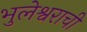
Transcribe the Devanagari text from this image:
भुलेश्वराची